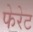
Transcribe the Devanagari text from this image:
फेरेट